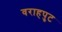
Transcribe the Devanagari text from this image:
वराहपुट